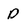
Character: D